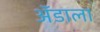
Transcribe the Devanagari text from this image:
ॲडाला